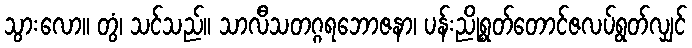
သွားလော။ တွံ၊ သင်သည်။ သာလီသတဂ္ဂရဘောဇနာ၊ ပန်းညိုရွတ်တောင်ဇလပ်ရွတ်လျှင်